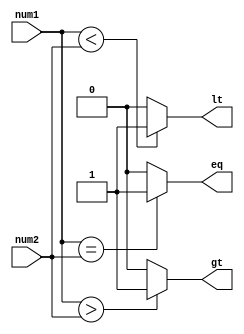
module signed_comparator (
    input signed [7:0] num1,
    input signed [7:0] num2,
    output reg gt,
    output reg lt,
    output reg eq
);

always @(*) begin
    gt = (num1 > num2) ? 1'b1 : 1'b0;
    lt = (num1 < num2) ? 1'b1 : 1'b0;
    eq = (num1 == num2) ? 1'b1 : 1'b0;
end

endmodule